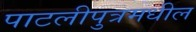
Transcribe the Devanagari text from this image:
पाटलीपुत्रमधील